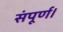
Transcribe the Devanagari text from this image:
संपूर्ण।